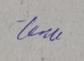
Signature authenticity: genuine